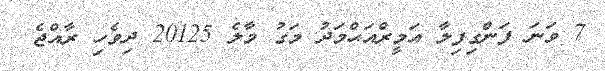
7 ވަނަ ފަންގިފިލާ އަމީރްއަޙްމަދު މަގު މާލެ 20125 ދިވެހި ރާއްޖެ